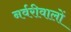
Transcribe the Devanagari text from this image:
नर्वरीवालों